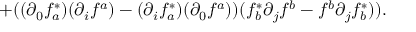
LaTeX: + ( ( \partial _ { 0 } f _ { a } ^ { * } ) ( \partial _ { i } f ^ { a } ) - ( \partial _ { i } f _ { a } ^ { * } ) ( \partial _ { 0 } f ^ { a } ) ) ( f _ { b } ^ { * } \partial _ { j } f ^ { b } - f ^ { b } \partial _ { j } f _ { b } ^ { * } ) ) .